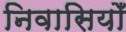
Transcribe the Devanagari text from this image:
निवासियोँ